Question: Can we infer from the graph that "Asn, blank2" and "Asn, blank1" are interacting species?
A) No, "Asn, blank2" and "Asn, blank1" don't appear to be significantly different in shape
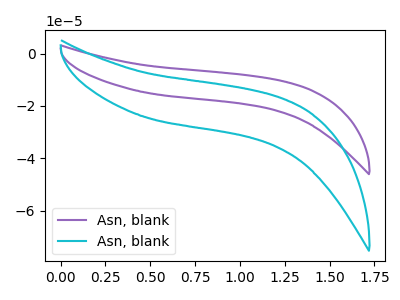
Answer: <think>The purple curve "Asn, blank1" has no peaks. The cyan curve "Asn, blank2" has no peaks.
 Neither "Asn, blank2" or "Asn, blank1" have any peaks.</think>
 <answer>A) No, "Asn, blank2" and "Asn, blank1" don't appear to be significantly different in shape</answer>
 <eval>A</eval>